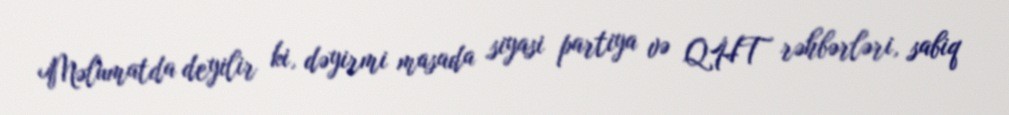
Məlumatda deyilir ki, dəyirmi masada siyasi partiya və QHT rəhbərləri, sabiq